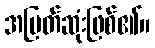
အမြတ်ဆုံးဖြစ်၏။